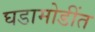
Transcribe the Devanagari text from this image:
घडामोडींत